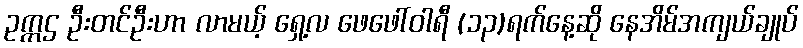
ဥက္ကဌ ဦးတင်ဦးဟာ လာမယ့် ရှေ့လ ဖေဖေါ်ဝါရီ (၁၃)ရက်နေ့ဆို နေအိမ်အကျယ်ချုပ်